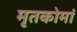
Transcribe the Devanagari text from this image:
मृतकोमां